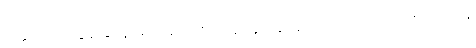
ဝတ္ထုထဲက ထွန်းနိုင်နဲ့ မမမေဂျာ ဇာတ်ရုပ်နဲ့ ရခိုင်ခေတ်ဟောင်းက မဂိုလုလင်နဲ့